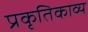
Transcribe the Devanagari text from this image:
प्रकृतिकाव्य